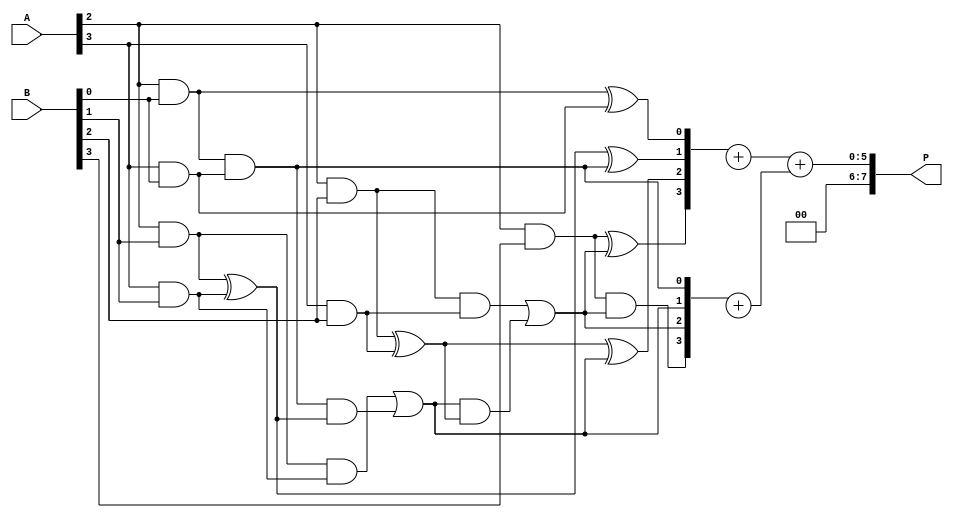
module WallaceTreeMultiplier #(parameter N = 4) (
    input [N-1:0] A,
    input [N-1:0] B,
    output reg [2*N-1:0] P
);

// Partial product generation
wire [N-1:0] pp [N-1:0]; // Partial products

genvar i, j;
generate
    for (i = 0; i < N; i = i + 1) begin : gen_partial_products
        for (j = 0; j < N; j = j + 1) begin : gen_and
            assign pp[i][j] = A[i] & B[j];
        end
    end
endgenerate

// Wallace tree reduction
wire [N-1:0] sum [N-1:0]; // Sums from adders
wire [N-1:0] carry [N-1:0]; // Carries from adders

// Level 1: Combine partial products using half adders and full adders
generate
    for (i = 0; i < N; i = i + 1) begin : level1
        if (i < N-1) begin
            // Half Adder for the first two bits
            assign sum[i][0] = pp[i][0] ^ pp[i+1][0];
            assign carry[i][0] = pp[i][0] & pp[i+1][0];

            // Full Adders for the rest
            for (j = 1; j < N; j = j + 1) begin : full_adders
                if (j < N-1) begin
                    assign sum[i][j] = pp[i][j] ^ pp[i+1][j] ^ carry[i][j-1];
                    assign carry[i][j] = (pp[i][j] & pp[i+1][j]) | (carry[i][j-1] & (pp[i][j] ^ pp[i+1][j]));
                end else begin
                    assign sum[i][j] = pp[i][j] ^ carry[i][j-1];
                    assign carry[i][j] = pp[i][j] & carry[i][j-1];
                end
            end
        end
    end
endgenerate

// Final addition of last two rows
wire [2*N-1:0] final_sum;
wire [2*N-1:0] final_carry;

assign final_sum = sum[N-2] + sum[N-1];
assign final_carry = carry[N-2] + carry[N-1];

// Final product output
always @(*) begin
    P = final_sum + final_carry;
end

endmodule